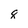
Character: q